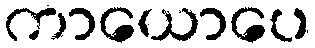
ကာယောပေ